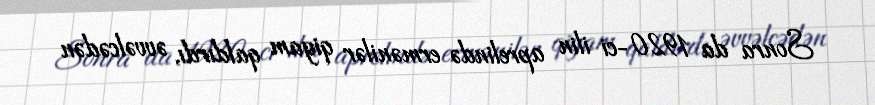
Sonra da 1920-ci ilin aprelində ermənilər qiyam qaldırdı, əvvəlcədən